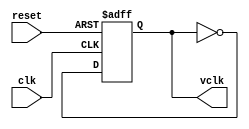
module video_clk(input clk, input reset, output vclk);

	//25MHz clock
	reg clk_count;

	always @ (posedge clk, posedge reset)
	begin
		if (reset) clk_count <= 0;
		else
			clk_count <= ~clk_count;
	end

	assign vclk = clk_count;

	

	/*reg [15:0] clk_count;

	always @ (posedge clk, posedge reset)
	begin		
		if (reset) clk_count <= 16'b0;
		else
			if (clk_count >= 16'd39722)
			begin
				vclk <= 1;
				clk_count <= clk_count - 16'd39722; //~39,7ns (~25.175MHz)	
			end
			else
			begin
				vclk <= 0;
				clk_count <= clk_count+16'd20000; //20ns (50MHz)
			end
	end*/
endmodule